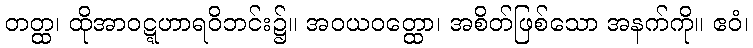
တတ္ထ၊ ထိုအာဝဋ္ဋဟာရဝိဘင်း၌။ အဝယဝတ္ထော၊ အစိတ်ဖြစ်သော အနက်ကို။ ဧဝံ၊